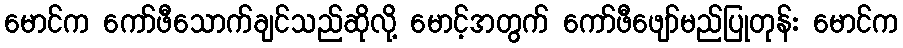
မောင်က ကော်ဖီသောက်ချင်သည်ဆိုလို့ မောင့်အတွက် ကော်ဖီဖျော်မည်ပြုတုန်း မောင်က